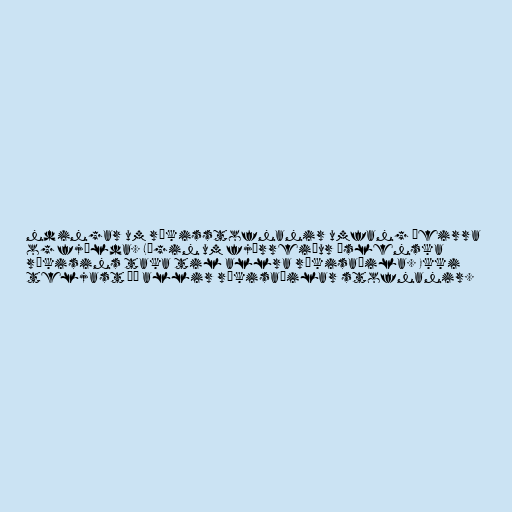
ndingar um ríkisstofnanir umfang þeirra
og fjölda. Lögin um fjárreiður íslenska
ríkisins taka til allra ríkisaðila. Ekki
teljast þó allir ríkisaðilar stofnanir.